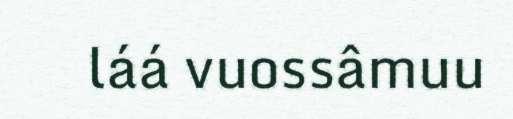
láá vuossâmuu